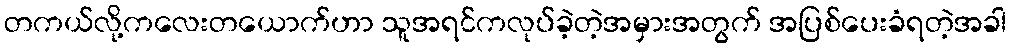
တကယ်လို့ကလေးတယောက်ဟာ သူအရင်ကလုပ်ခဲ့တဲ့အမှားအတွက် အပြစ်ပေးခံရတဲ့အခါ